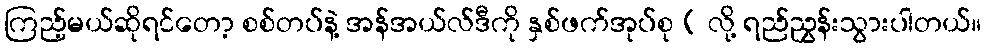
ကြည့်မယ်ဆိုရင်တော့ စစ်တပ်နဲ့ အန်အယ်လ်ဒီကို နှစ်ဖက်အုပ်စု ( လို့ ရည်ညွှန်းသွားပါတယ်။